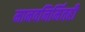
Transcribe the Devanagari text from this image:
मानवनिर्मितही